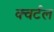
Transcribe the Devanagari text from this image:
क्वर्टल